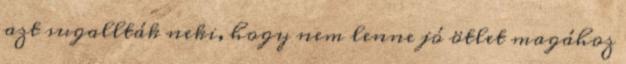
azt sugallták neki, hogy nem lenne jó ötlet magához